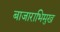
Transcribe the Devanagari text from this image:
बाजाराभिमुख